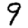
Digit: 9